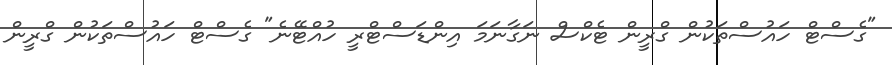
"ގެސްޓް ހައުސްތަކުން ގްރީން ޓެކްސް ނަގާނަމަ އިންޑަސްޓްރީ ހުއްޓޭނެ" ގެސްޓް ހައުސްތަކުން ގްރީން